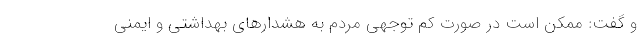
و گفت‌: ممکن است در صورت کم توجهی مردم به هشدارهای بهداشتی و ایمنی